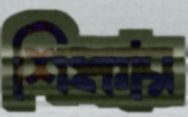
শিক্ষার